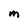
Character: m